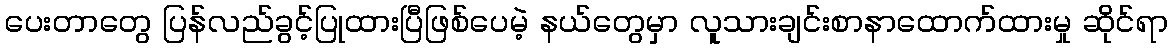
ပေးတာတွေ ပြန်လည်ခွင့်ပြုထားပြီဖြစ်ပေမဲ့ နယ်တွေမှာ လူသားချင်းစာနာထောက်ထားမှု ဆိုင်ရာ